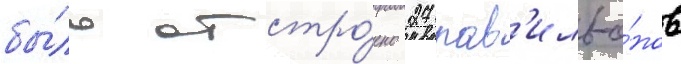
бы́ло отстро́ено 27 пав'ильо́нов